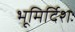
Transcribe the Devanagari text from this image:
भूमिर्दिशः